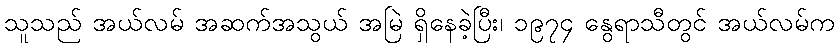
သူသည် အယ်လမ် အဆက်အသွယ် အမြဲ ရှိနေခဲ့ပြီး၊ ၁၉၇၄ နွေရာသီတွင် အယ်လမ်က